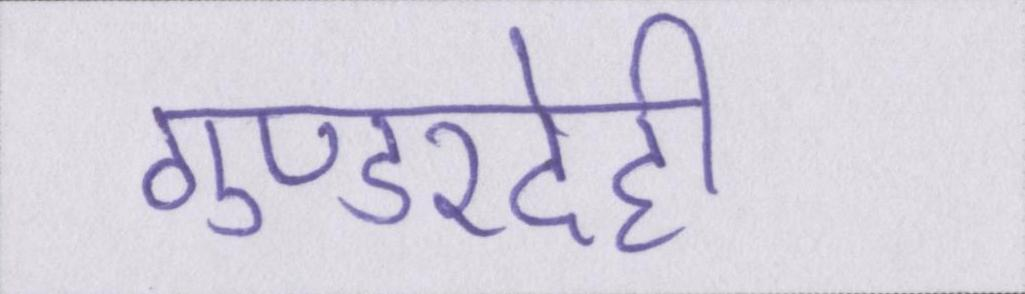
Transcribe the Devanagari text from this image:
गुण्डरदेही